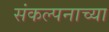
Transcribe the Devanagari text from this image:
संकल्पनाच्या